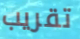
تقريب